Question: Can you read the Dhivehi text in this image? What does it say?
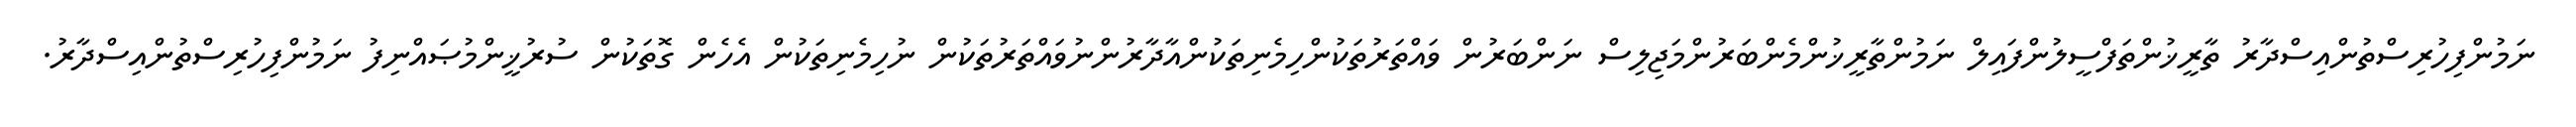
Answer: ނަމުންފިހުރިސްތުންއިސްދާރު ތާރީޚުންތަފްސީލުންފައިލް ނަމުންތާރީޚުންމެންބަރުންމަޖިލިސް ނަންބަރުން ވައްތަރުތަކުންހިމެނިތަކުންއާދާރުންނުވައްތަރުތަކުން ނުހިމެނިތަކުން އެހެން ގޮތަކުން ސުރުޚީންމުޞައްނިފު ނަމުންފިހުރިސްތުންއިސްދާރު.